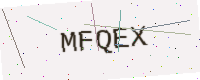
Text: MFQEX